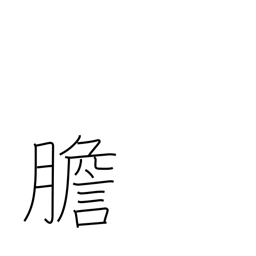
Meaning: gall bladder